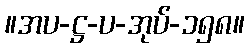
။အပ-ဋ္ဌ-ပ-အုပ်-၁၅၈။